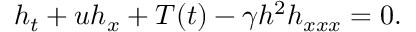
\begin{array} { r } { h _ { t } + u h _ { x } + T ( t ) - \gamma h ^ { 2 } h _ { x x x } = 0 . } \end{array}